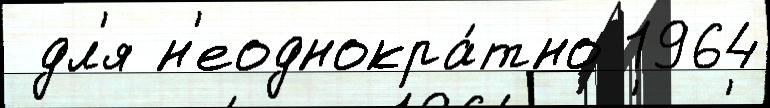
 дл'я н'еоднокра́тно 1964